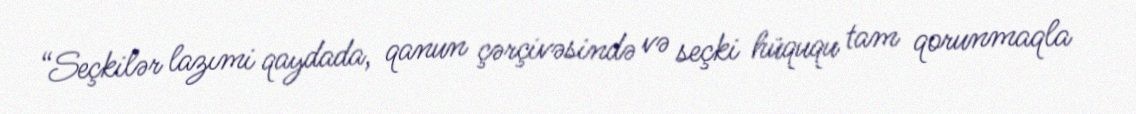
“Seçkilər lazımi qaydada, qanun çərçivəsində və seçki hüququ tam qorunmaqla